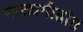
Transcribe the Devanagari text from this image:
नाट्यगीतांत